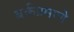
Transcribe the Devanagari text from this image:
बर्कप्रमाणे